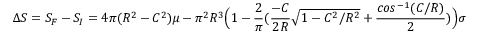
{ \Delta } S = S _ { F } - S _ { I } = 4 { \pi } ( R ^ { 2 } - C ^ { 2 } ) { \mu } - { \pi } ^ { 2 } R ^ { 3 } \Big ( 1 - \frac { 2 } { \pi } ( \frac { - C } { 2 R } { \sqrt { 1 - C ^ { 2 } / R ^ { 2 } } } + \frac { c o s ^ { - 1 } ( C / R ) } { 2 } ) \Big ) { \sigma }